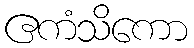
ဧကံသိကော